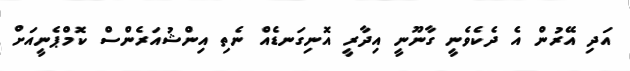
އަދި އޭރުން އެ ދެކެވެނީ ގާނޫނީ އިދާރީ އޮނިގަނޑެއް ނެތި އިންޝުއަރެންސް ކޮމްޕެނީއަށް